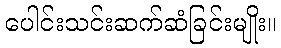
ပေါင်းသင်းဆက်ဆံခြင်းမျိုး။